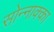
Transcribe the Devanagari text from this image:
सोन्नाक्का